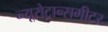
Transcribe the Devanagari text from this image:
न्यूरोट्रान्समीटर